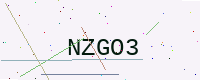
Text: NZGO3